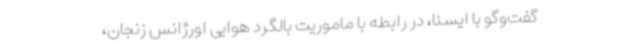
گفت‌وگو با ایسنا، در رابطه با ماموریت بالگرد هوایی اورژانس زنجان،